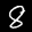
Label: 8